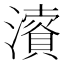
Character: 𱩰